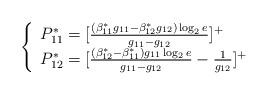
LaTeX: \begin{align*}\left\{\begin{array}{ll}P_{11}^*=[\frac{(\beta_{11}^*g_{11}-\beta_{12}^*g_{12})\log_2e}{g_{11}-g_{12}}]^+\\P_{12}^*=[\frac{(\beta_{12}^*-\beta_{11}^*)g_{11}\log_2e}{g_{11}-g_{12}}-\frac{1}{g_{12}}]^+\\\end{array}\right.\end{align*}